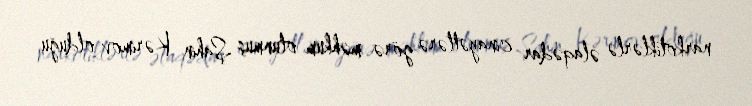
narkotiklərlə əlaqədar cinayətlərə görə məhkum olunmuş Şahin Kərimov olduğu